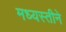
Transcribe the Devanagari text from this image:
मध्यस्तीने